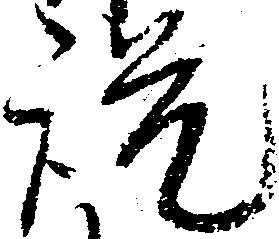
説